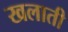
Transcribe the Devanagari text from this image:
खलाती